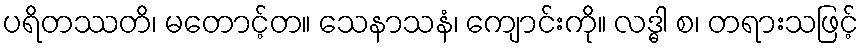
ပရိတဿတိ၊ မတောင့်တ။ သေနာသနံ၊ ကျောင်းကို။ လဒ္ဓါ စ၊ တရားသဖြင့်